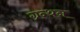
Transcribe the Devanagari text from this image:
ग्रन्थन